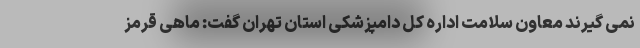
نمی گیرند معاون سلامت اداره کل دامپزشکی استان تهران گفت: ماهی قرمز